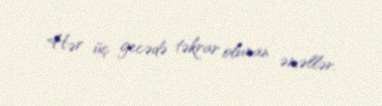
Hər üç gecədə təkrar olunan əməllər.